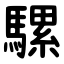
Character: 騾